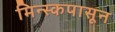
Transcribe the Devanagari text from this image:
मिन्स्कपासून